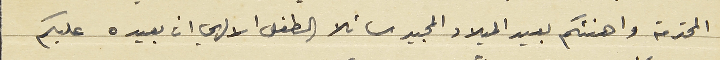
المحترمة واهنئكم بعيد الميلاد المجيد سائلا الطفل الالهي ان يعيده عليكم